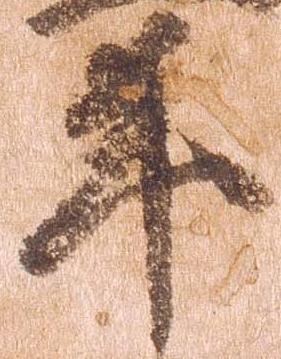
年